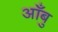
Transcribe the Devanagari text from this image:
आँबु